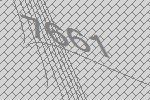
7661